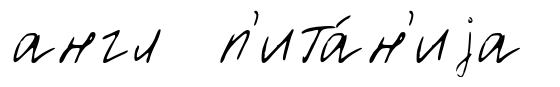
англ п'ита́н'иjа